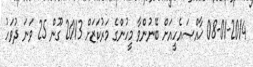
08-01-2014 ޚާއްޞައެހީއަށް ބޭނުންވާ މީހުންގެ މަރުކަޒަށް 2013 ގޫން 25 ވަނަ ދުވަހު